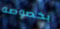
بخصوصه